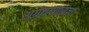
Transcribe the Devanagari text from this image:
अग्रेयगणराज्य